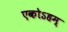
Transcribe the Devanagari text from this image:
एकोऽहम्